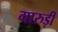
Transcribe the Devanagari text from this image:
गारुड़ी